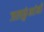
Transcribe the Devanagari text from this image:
जलकुंभांनी